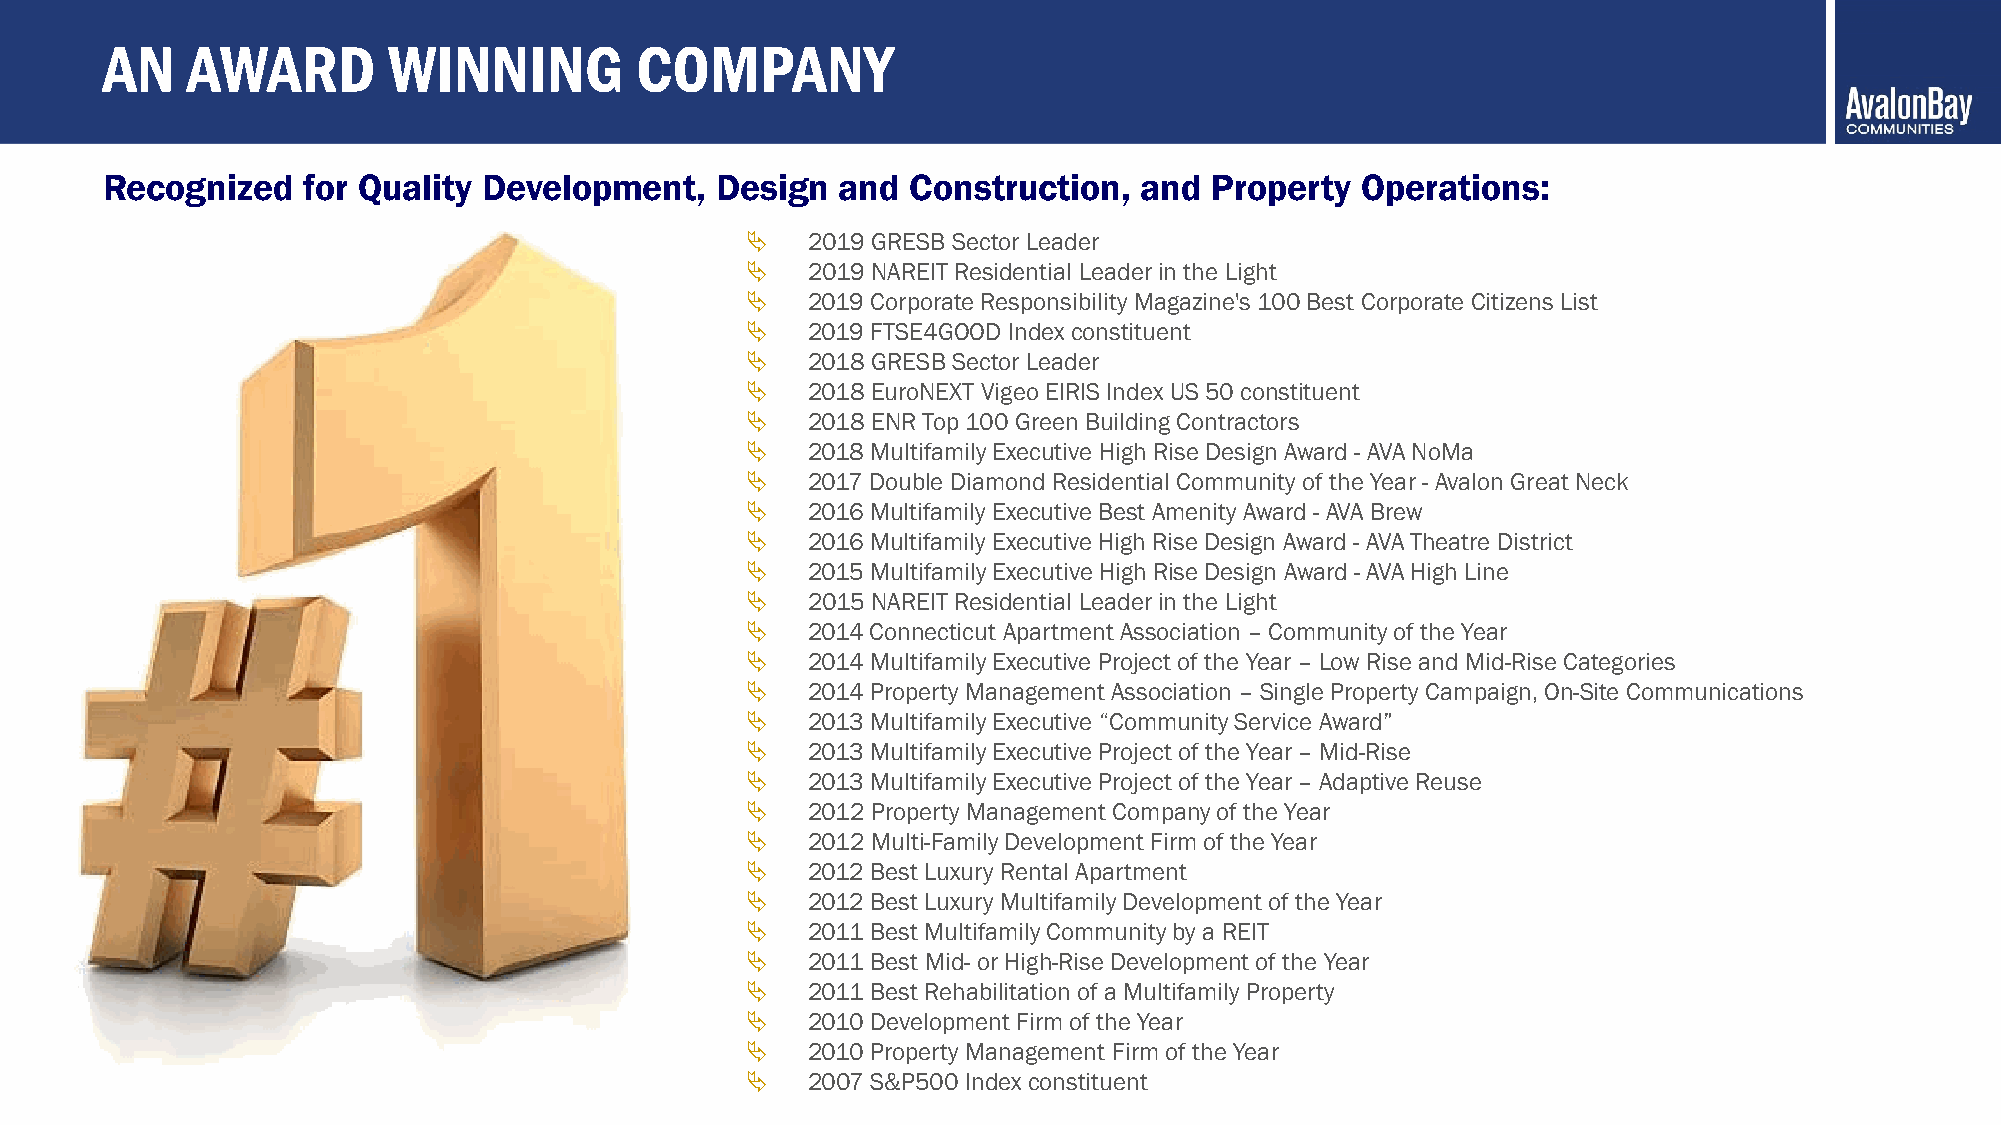
AN   AWARD         WINNING         COMPANY
 Recognized   for Quality Development,   Design   and Construction,  and  Property  Operations:
    2019 GRESB Sector Leader
    2019 NAREIT Residential Leader in the Light
    2019 Corporate Responsibility Magazine's 100 Best Corporate Citizens List
    2019 FTSE4GOOD Index constituent
    2018 GRESB Sector Leader
    2018 EuroNEXT Vigeo EIRIS Index US 50 constituent
    2018 ENR Top 100 Green Building Contractors
    2018 Multifamily Executive High Rise Design Award - AVA NoMa
    2017 Double Diamond Residential Community of the Year - Avalon Great Neck
    2016 Multifamily Executive Best Amenity Award -AVA Brew
    2016 Multifamily Executive High Rise Design Award -AVA Theatre District
    2015 Multifamily Executive High Rise Design Award -AVA High Line
    2015 NAREIT Residential Leader in the Light
    2014 Connecticut Apartment Association –Community of the Year
    2014 Multifamily Executive Project of the Year –Low Rise and Mid-Rise Categories
    2014 Property Management Association –Single Property Campaign, On-Site Communications
    2013 Multifamily Executive “Community Service Award”
    2013 Multifamily Executive Project of the Year –Mid-Rise
    2013 Multifamily Executive Project of the Year –Adaptive Reuse
    2012 Property Management Company of the Year
    2012 Multi-Family Development Firm of the Year
    2012 Best Luxury Rental Apartment
    2012 Best Luxury Multifamily Development of the Year
    2011 Best Multifamily Community by a REIT
    2011 Best Mid- or High-Rise Development of the Year
    2011 Best Rehabilitation of a Multifamily Property
    2010 Development Firm of the Year
    2010 Property Management Firm of the Year
    2007 S&P500 Index constituent